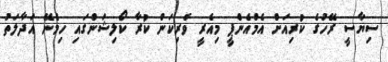
ސިޔާސީ ރޭހުގެ ކުރިއަށް އެމްއެންޕީ މިއެރީ ވެރިކަން ކުރާ ކޯލިޝަންގައި ހިމެނޭ އަދާލަތު